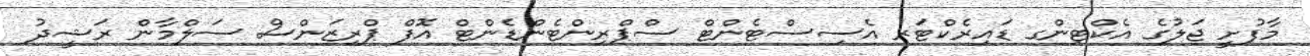
މާފުށީ ޖަލުގެ އެކްޓިންގ ޑައިރެކްޓަރ އެސިސްޓެންޓް ސްޕްރިންޓެންޑެންޓް އޮފް ޕްރިޒަންސް ސަލްމާން ރަޝީދު